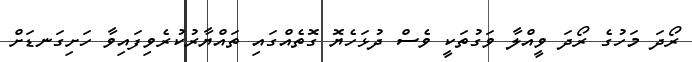
ރޯދަ މަހުގެ ރޯދަ ވީއްލާ ވަގުތަކީ ވެސް ދުޅަހެޔޮ ގޮތެއްގައި ތައްޔާރުކުރެވިފައިވާ ހަށިގަނޑަށް